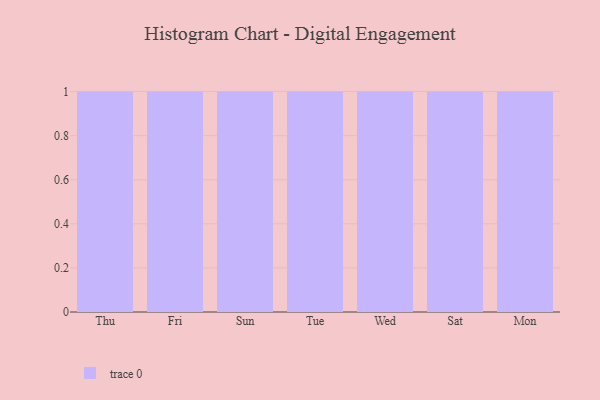
{"axis": {"x": "Day", "y": "Active Users"}, "legend": [""], "data": [{"x": "Thu", "y": 73, "type": ""}, {"x": "Fri", "y": 73, "type": ""}, {"x": "Sun", "y": 53, "type": ""}, {"x": "Tue", "y": 47, "type": ""}, {"x": "Wed", "y": 56, "type": ""}, {"x": "Sat", "y": 66, "type": ""}, {"x": "Mon", "y": 95, "type": ""}]}